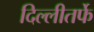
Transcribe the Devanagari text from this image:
दिल्लीतर्फे